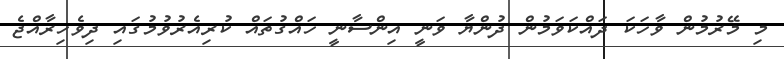
މި މޭރުމުން ވާހަކަ ދައްކަވަމުން ދުންޔާ ވަނީ އިންސާނީ ހައްގުތައް ކުރިއެރުވުމުގައި ދިވެހިރާއްޖެ